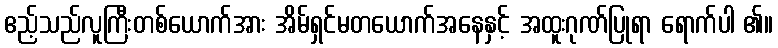
ဧည့်သည်လူကြီးတစ်ယောက်အား အိမ်ရှင်မတယောက်အနေနှင့် အထူးဂုဏ်ပြုရာ ရောက်ပါ ၏။